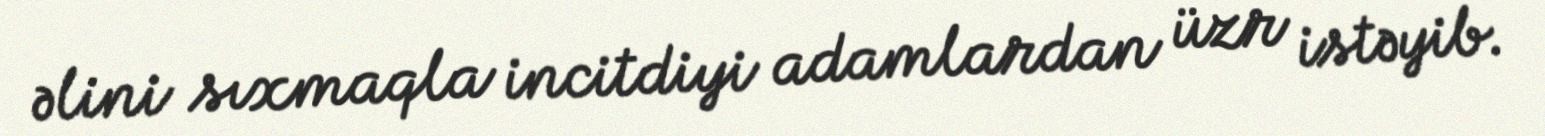
əlini sıxmaqla incitdiyi adamlardan üzr istəyib.